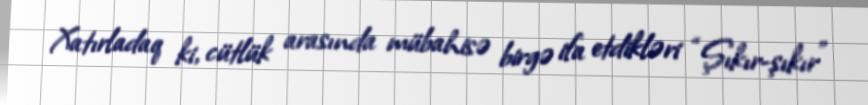
Xatırladaq ki, cütlük arasında mübahisə birgə ifa etdikləri “Şıkır-şıkır”